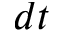
d t